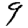
Digit: 9